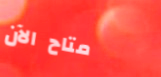
متاح الآن